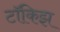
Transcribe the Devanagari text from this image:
टॉकिझ